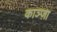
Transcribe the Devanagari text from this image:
काञ्ज़ा